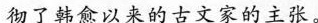
彻了韩愈以来的古文家的主张。